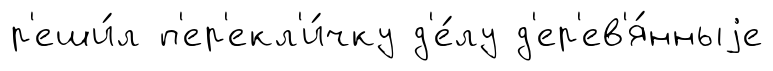
р'еши́л п'ер'екл'и́чку д'е́лу д'ер'ев'я́нныjе